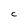
Character: C